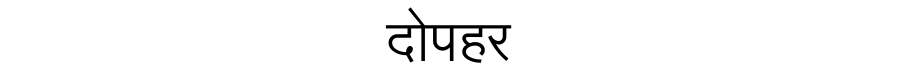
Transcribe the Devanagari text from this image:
दोपहर